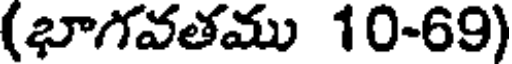
(భాగవతము 10-69)